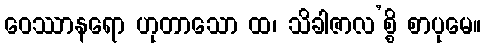
ဝေဿာနရော ဟုတာသော ထ၊ သိခါဇာလ’စ္စိ စာပုမေ။